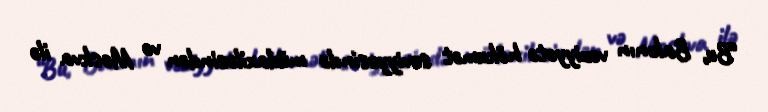
“Bu, Bakının vəziyyətə hökumət səviyyəsində müdaxiləsindən və Moskva ilə